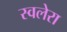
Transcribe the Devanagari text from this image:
स्वलेरा